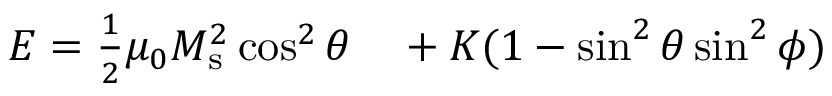
\begin{array} { r l } { E = \frac { 1 } { 2 } \mu _ { 0 } M _ { \mathrm { s } } ^ { 2 } \cos ^ { 2 } \theta } & { { } + K ( 1 - \sin ^ { 2 } \theta \sin ^ { 2 } \phi ) } \end{array}